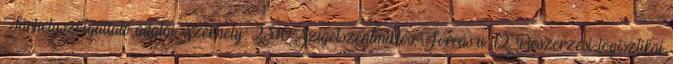
Tárhelyszolgáltató adatai Székhely: 2310 Szigetszentmiklós, Forrás u. 12. Beszerzési-logisztikai